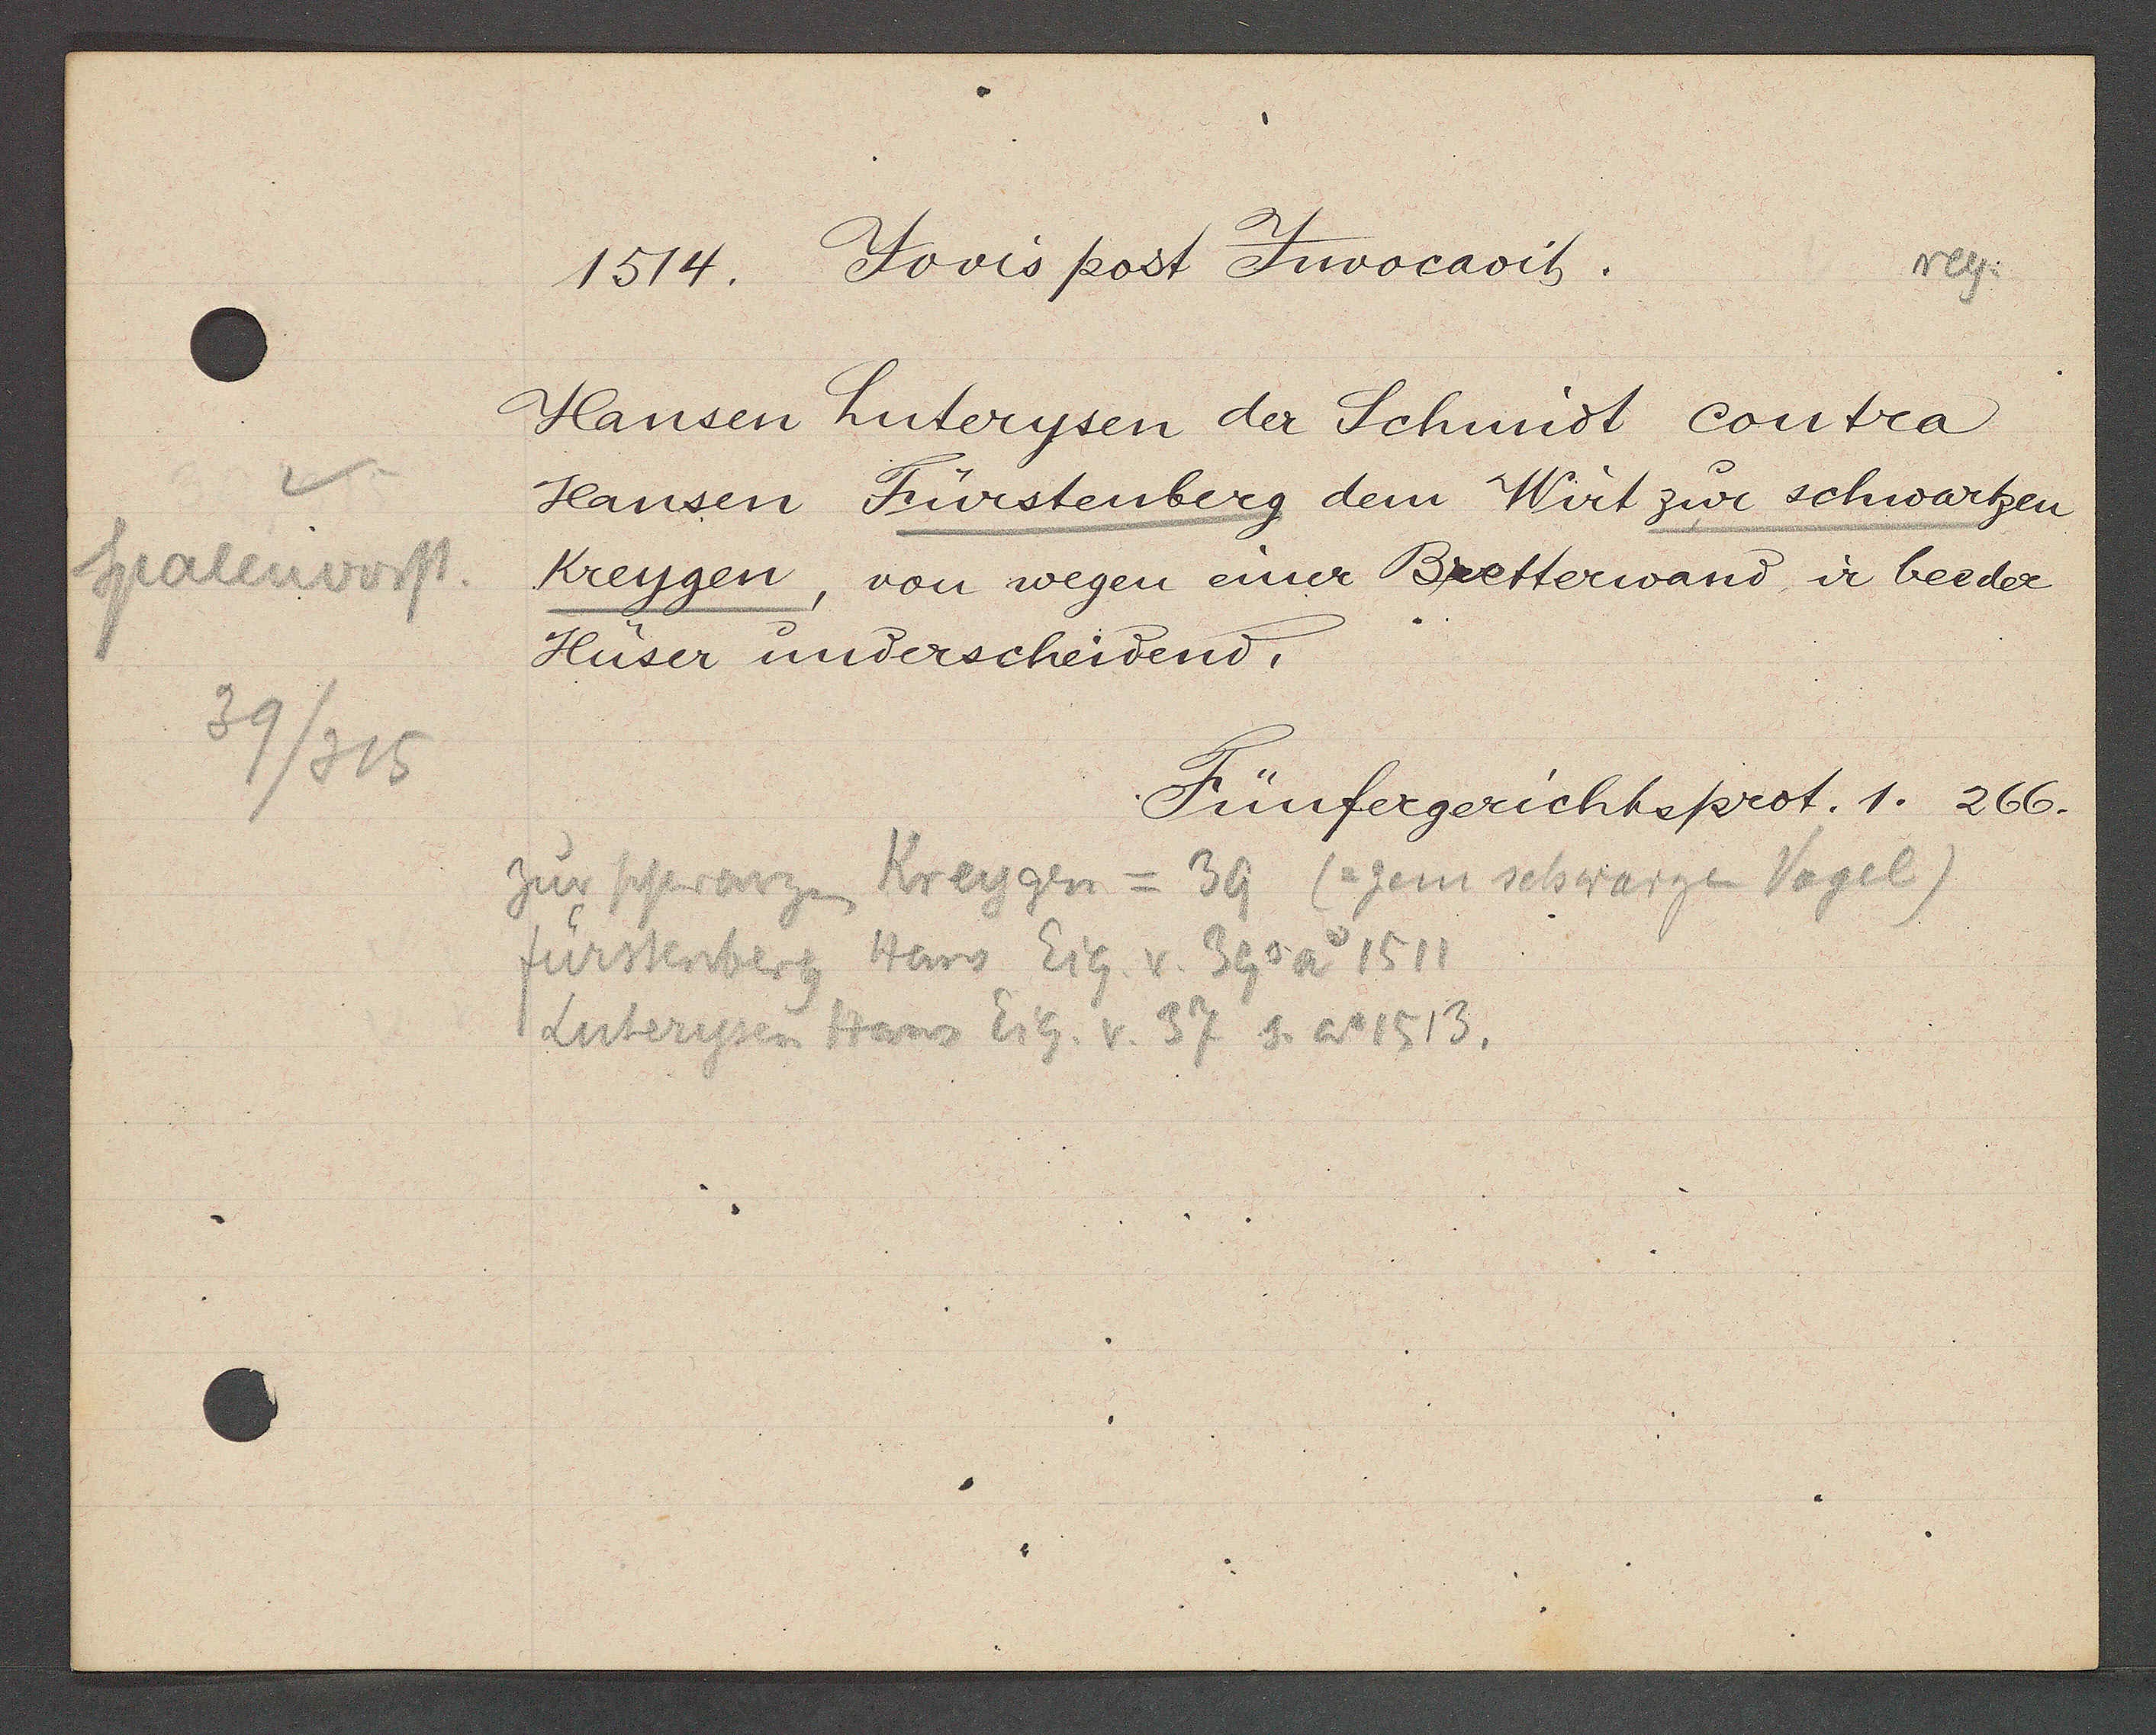
Transcript:
Spalenvorst.
39/315

1514. Jovis post Juvocavit.

Hansen huterysen der Schmidt contra
Hansen Fürstenberg dem Wirt zur schwartzen
Kreygen,
von wegen einer Bretterwand ir beeder
Huser underscheidend.

Fünfergerichtsprot. 1. 266.

Kreygen = 39 (= zem schwarzen Vogel)
zur schwarzen
Hans Eig. v. 39 Ao 1511
fürstenberg
Luterysen Hans Eig. v. 37 S. Ao 1513.